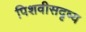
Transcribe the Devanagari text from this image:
पिशवीसदृष्य